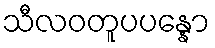
သီလဝတူပပန္နော